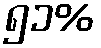
၅၁%